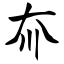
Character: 夼